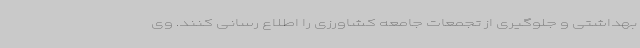
بهداشتی و جلوگیری از تجمعات جامعه کشاورزی را اطلاع رسانی کنند. وی